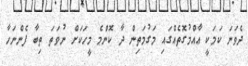
ދެވަނަ ކަމަކީ ޢާއްމުގޮތެއްގައި މަގުމަތިން ދާ ކޮންމެ މީހަކަށް ނުވަތަ ތިބާ ފެންނަހާ